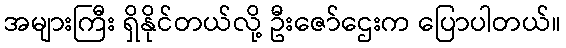
အများကြီး ရှိနိုင်တယ်လို့ ဦးဇော်ဌေးက ပြောပါတယ်။